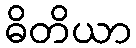
ဓိတိယာ